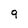
Character: 9